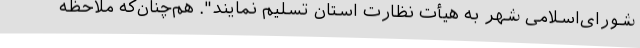
شورای‌اسلامی شهر به هیأت نظارت استان تسلیم نمایند". هم‌چنان‌که ملاحظه